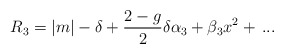
\begin{align*}R_3=|m|-\delta+{2- g\over 2}\delta \alpha_3+\beta_3 x^2 +\,...\end{align*}